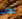
نحن